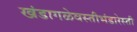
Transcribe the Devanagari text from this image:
खंडागळेवस्तीभंडारेस्ती